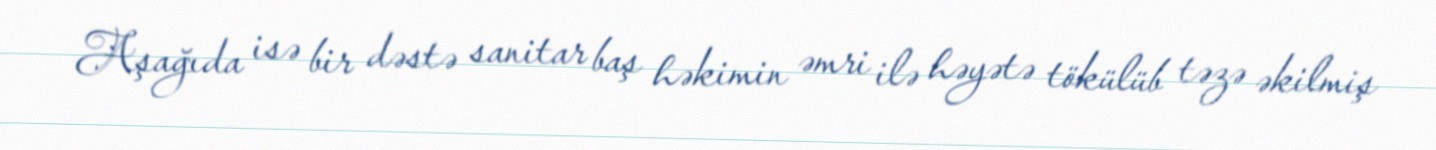
Aşağıda isə bir dəstə sanitar baş həkimin əmri ilə həyətə tökülüb təzə əkilmiş